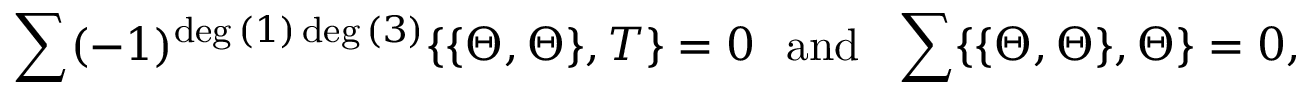
\sum ( - 1 ) ^ { \deg { ( 1 ) } \deg { ( 3 ) } } \{ \{ \Theta , \Theta \} , T \} = 0 ~ ~ \mathrm { a n d } ~ ~ \sum \{ \{ \Theta , \Theta \} , \Theta \} = 0 ,